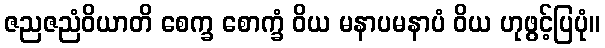
ဇညဇညံဝိယာတိ စေက္ခ စောက္ခံ ဝိယ မနာပမနာပံ ဝိယ ဟုဖွင့်ပြပုံ။